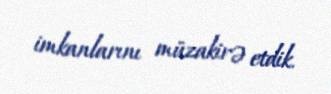
imkanlarını müzakirə etdik.